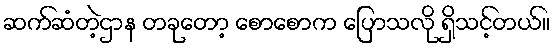
ဆက်ဆံတဲ့ဌာန တခုတော့ စောစောက ပြောသလို ရှိသင့်တယ်။